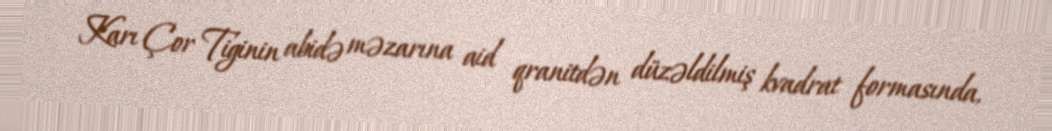
Karı Çor Tiginin abidə məzarına aid qranitdən düzəldilmiş kvadrat formasında,